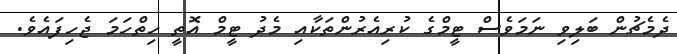
ދެމެޗުން ބަލިވި ނަމަވެސް ޓީމްގެ ކުރިއެރުންތަކާއި މެދު ޓީމް އޮތީ ހިތްހަމަ ޖެހިފައެވެ.